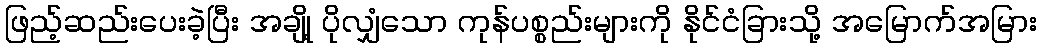
ဖြည့်ဆည်းပေးခဲ့ပြီး အချို့ ပိုလျှံသော ကုန်ပစ္စည်းများကို နိုင်ငံခြားသို့ အမြောက်အမြား